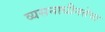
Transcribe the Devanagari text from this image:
व्यसनाधीनतेचा